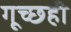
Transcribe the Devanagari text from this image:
गूच्छही